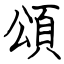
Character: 頌